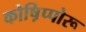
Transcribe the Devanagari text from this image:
कोष़िप्पोरू